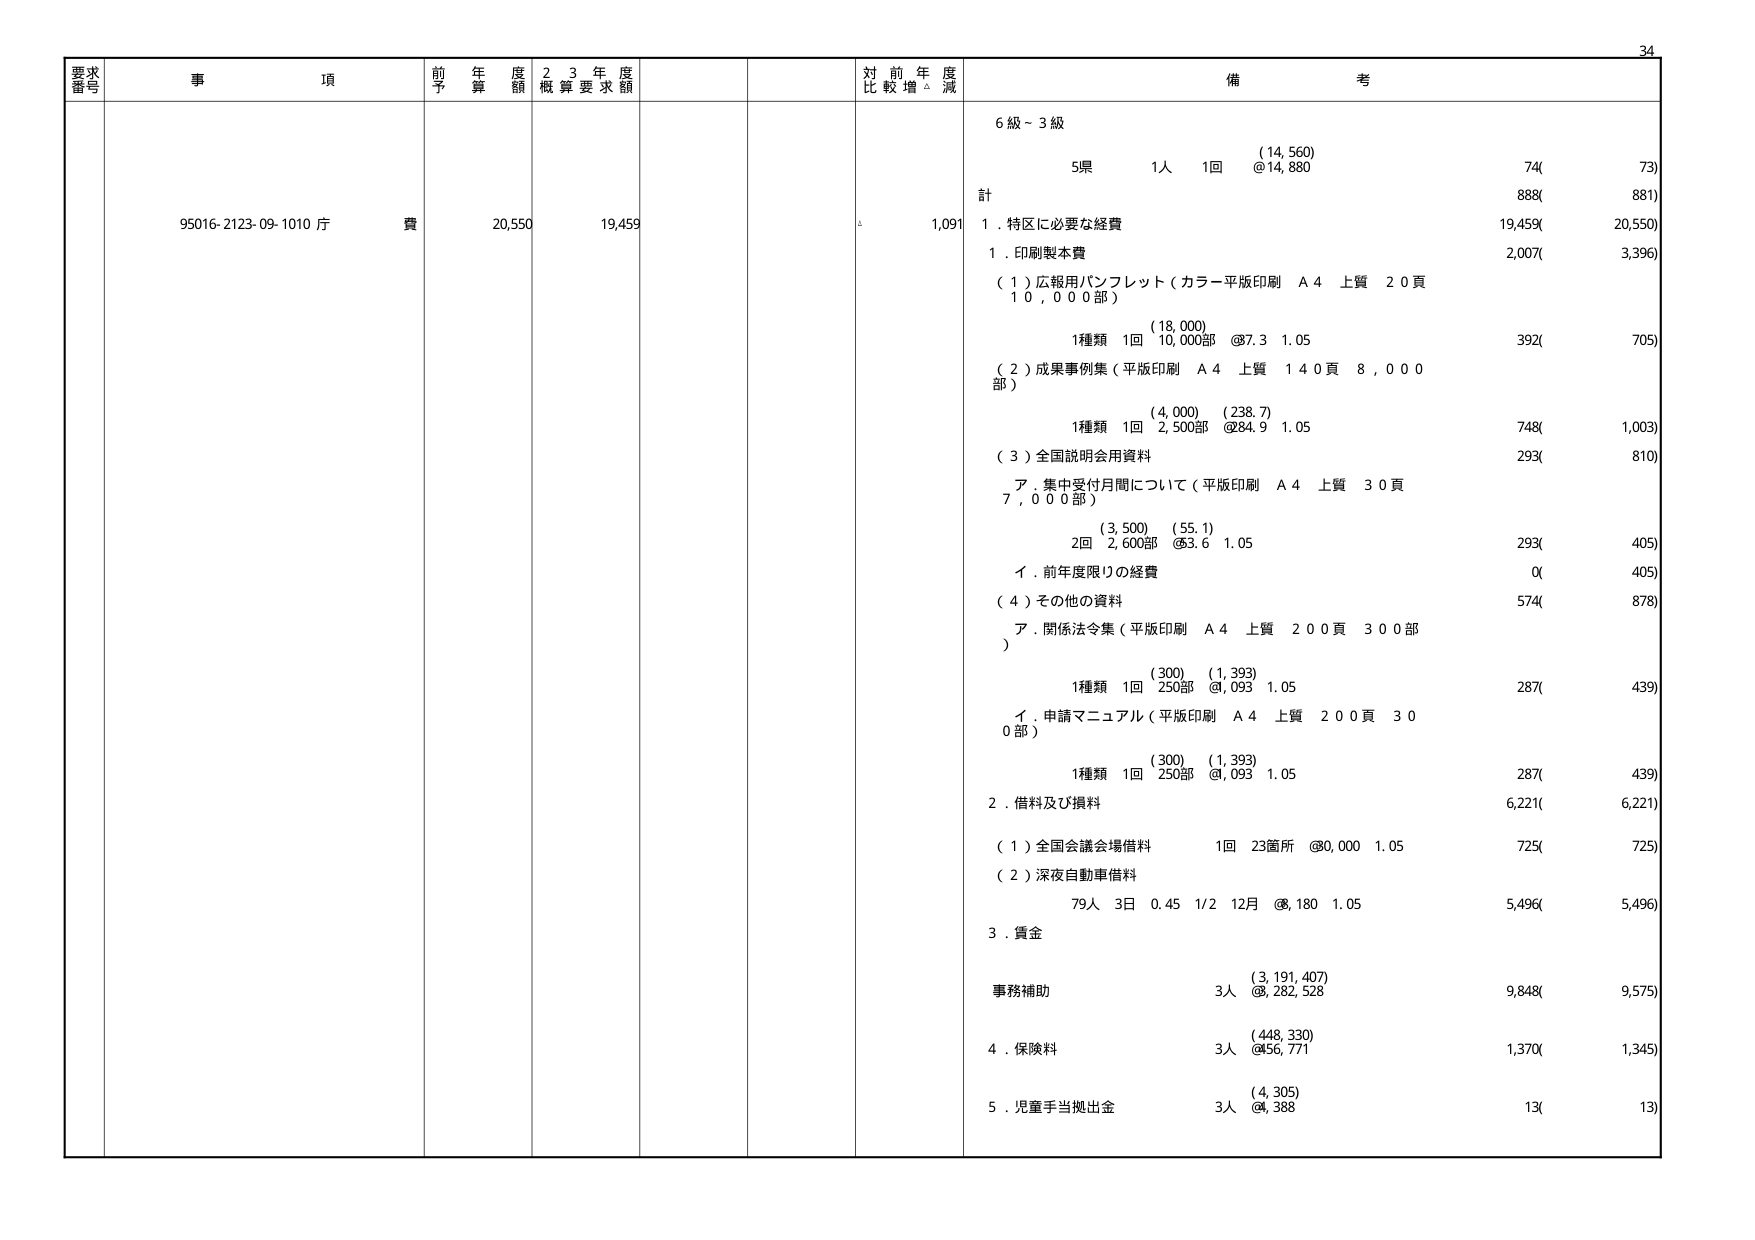
要求番号
事項
前年度予算額
23年度概算要求額
対前年度比較増減
備考
95016-2123-09-1010 庁費
20,550
19,459
1,091
6級～3級
5県 1人 1回 (14,560) @14,880
74(73)
計 888(881)
1．特区に必要な経費 19,459(20,550)
1．印刷製本費 2,007(3,396)
（1）広報用パンフレット（カラー平版印刷 A4 上質 20頁 10,000部）
1種類 1回 10,000部 (18,000) @7.3 1.05 392(705)
（2）成果事例集（平版印刷 A4 上質 140頁 8,000部）
1種類 1回 2,500部 (4,000) (238.7) @84.9 1.05 748(1,003)
（3）全国説明会用資料 293(810)
ア．集中受付月間について（平版印刷 A4 上質 30頁 7,000部）
2回 2,600部 (3,500) (55.1) @83.6 1.05 293(405)
イ．前年度限りの経費 0(405)
（4）その他の資料 574(878)
ア．関係法令集（平版印刷 A4 上質 200頁 300部）
1種類 1回 250部 (300) (1,393) @1,093 1.05 287(439)
イ．申請マニュアル（平版印刷 A4 上質 200頁 300部）
1種類 1回 250部 (300) (1,393) @1,093 1.05 287(439)
2．借料及び損料 6,221(6,221)
（1）全国会議会場借料 1回 23箇所 @8,000 1.05 725(725)
（2）深夜自動車借料 79人 3日 0.45 1/2 12月 @8,180 1.05 5,496(5,496)
3．賃金
事務補助 3人 (3,191,407) @8,282,528 9,848(9,575)
4．保険料 3人 (448,330) @456,771 1,370(1,345)
5．児童手当拠出金 3人 (4,305) @4,388 13(13)